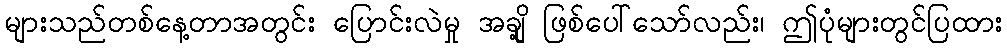
များသည်တစ်နေ့တာအတွင်း ပြောင်းလဲမှု အချို့ ဖြစ်ပေါ်သော်လည်း၊ ဤပုံများတွင်ပြထား